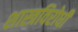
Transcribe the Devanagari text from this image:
शास्त्रविरोधी